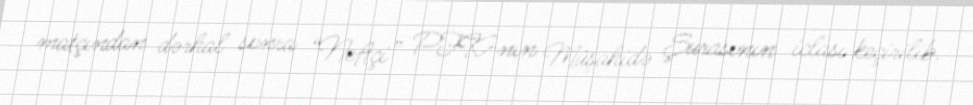
matçından dərhal sonra “Neftçi” PFK-nın Müşahidə Şurasının iclası keçirilib.